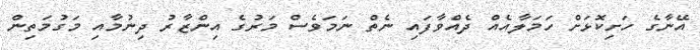
އޭނާގެ ހަށިކޮޅަށް ހަމަލާއެއް ދެއްވާފައި ނެތް ނަމަވެސް މަރުގެ އިންޒާރު ދިނުމާއި މަގުމަތިން